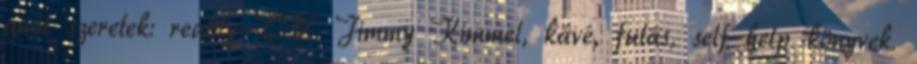
amit szeretek: reality-TV, Jimmy Kimmel, kávé, futás, self-help könyvek.